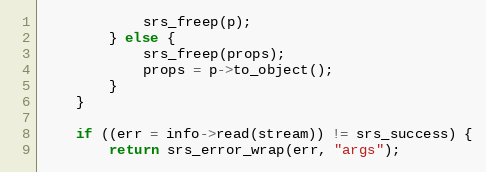
Language: C++
            srs_freep(p);
        } else {
            srs_freep(props);
            props = p->to_object();
        }
    }

    if ((err = info->read(stream)) != srs_success) {
        return srs_error_wrap(err, "args");